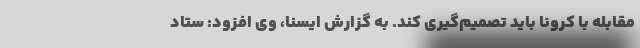
مقابله با کرونا باید تصمیم‌گیری کند. به گزارش ایسنا، وی افزود: ستاد